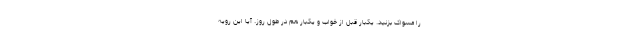
را مسواک بزنید. یکبار قبل از خواب و یکبار هم در طول روز. آیا این رویه